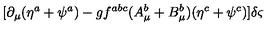
[ \partial _ { \mu } ( \eta ^ { a } + \psi ^ { a } ) - g f ^ { a b c } ( A _ { \mu } ^ { b } + B _ { \mu } ^ { b } ) ( \eta ^ { c } + \psi ^ { c } ) ] \delta \varsigma